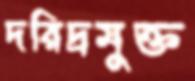
দরিদ্রমুক্ত